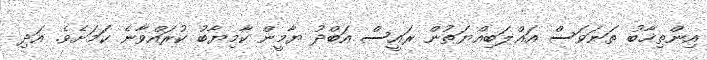
އިންތިޚާބު ތަނަވަސް އަޣްލަބިއްޔަތުން ރައީސް އަބްދު ޔާމީން ކާމިޔާބު ކުރައްވާނެ ކަމަށެވެ. އަދި